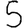
Digit: 5